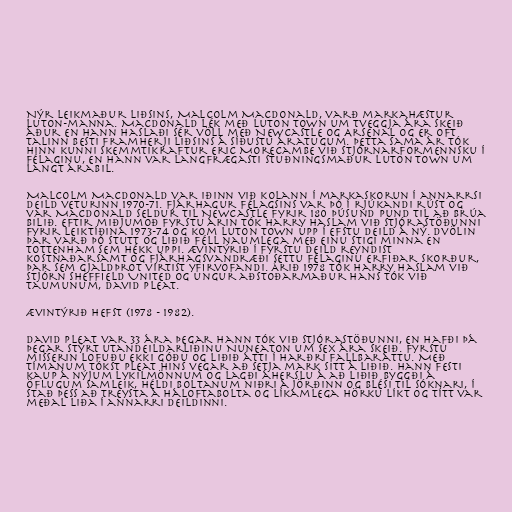
Nýr leikmaður liðsins, Malcolm MacDonald, varð markahæstur
Luton-manna. MacDonald lék með Luton Town um tveggja ára skeið
áður en hann haslaði sér völl með Newcastle og Arsenal og er oft
talinn besti framherji liðsins á síðustu áratugum. Þetta sama ár tók
hinn kunni skemmtikraftur Eric Morecambe við stjórnarformennsku í
félaginu, en hann var langfrægasti stuðningsmaður Luton Town um
langt árabil.

Malcolm MacDonald var iðinn við kolann í markaskorun í annarrsi
deild veturinn 1970-71. Fjárhagur félagsins var þó í rjúkandi rúst og
var MacDonald seldur til Newcastle fyrir 180 þúsund pund til að brúa
bilið. Eftir miðjumoð fyrstu árin tók Harry Haslam við stjórastöðunni
fyrir leiktíðina 1973-74 og kom Luton Town upp í efstu deild á ný. Dvölin
þar varð þó stutt og liðið féll naumlega með einu stigi minna en
Tottenham sem hékk uppi. Ævintýrið í fyrstu deild reyndist
kostnaðarsamt og fjárhagsvandræði settu félaginu erfiðar skorður,
þar sem gjaldþrot virtist yfirvofandi. Árið 1978 tók Harry Haslam við
stjórn Sheffield United og ungur aðstoðarmaður hans tók við
taumunum, David Pleat.

Ævintýrið hefst (1978 - 1982).

David Pleat var 33 ára þegar hann tók við stjórastöðunni, en hafði þá
þegar stýrt utandeildarliðinu Nuneaton um sex ára skeið. Fyrstu
misserin lofuðu ekki góðu og liðið átti í harðri fallbaráttu. Með
tímanum tókst Pleat hins vegar að setja mark sitt á liðið. Hann festi
kaup á nýjum lykilmönnum og lagði áherslu á að liðið byggði á
öflugum samleik, héldi boltanum niðri á jörðinn og blési til sóknari, í
stað þess að treysta á háloftabolta og líkamlega hörku líkt og títt var
meðal liða í annarri deildinni.